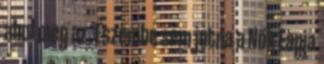
ahol meg az. Eszembe sem jutna a Nők Lapja